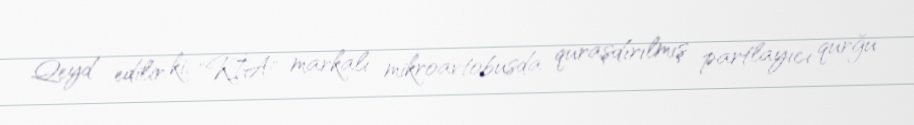
Qeyd edilir ki, "KİA" markalı mikroavtobusda quraşdırılmış partlayıcı qurğu